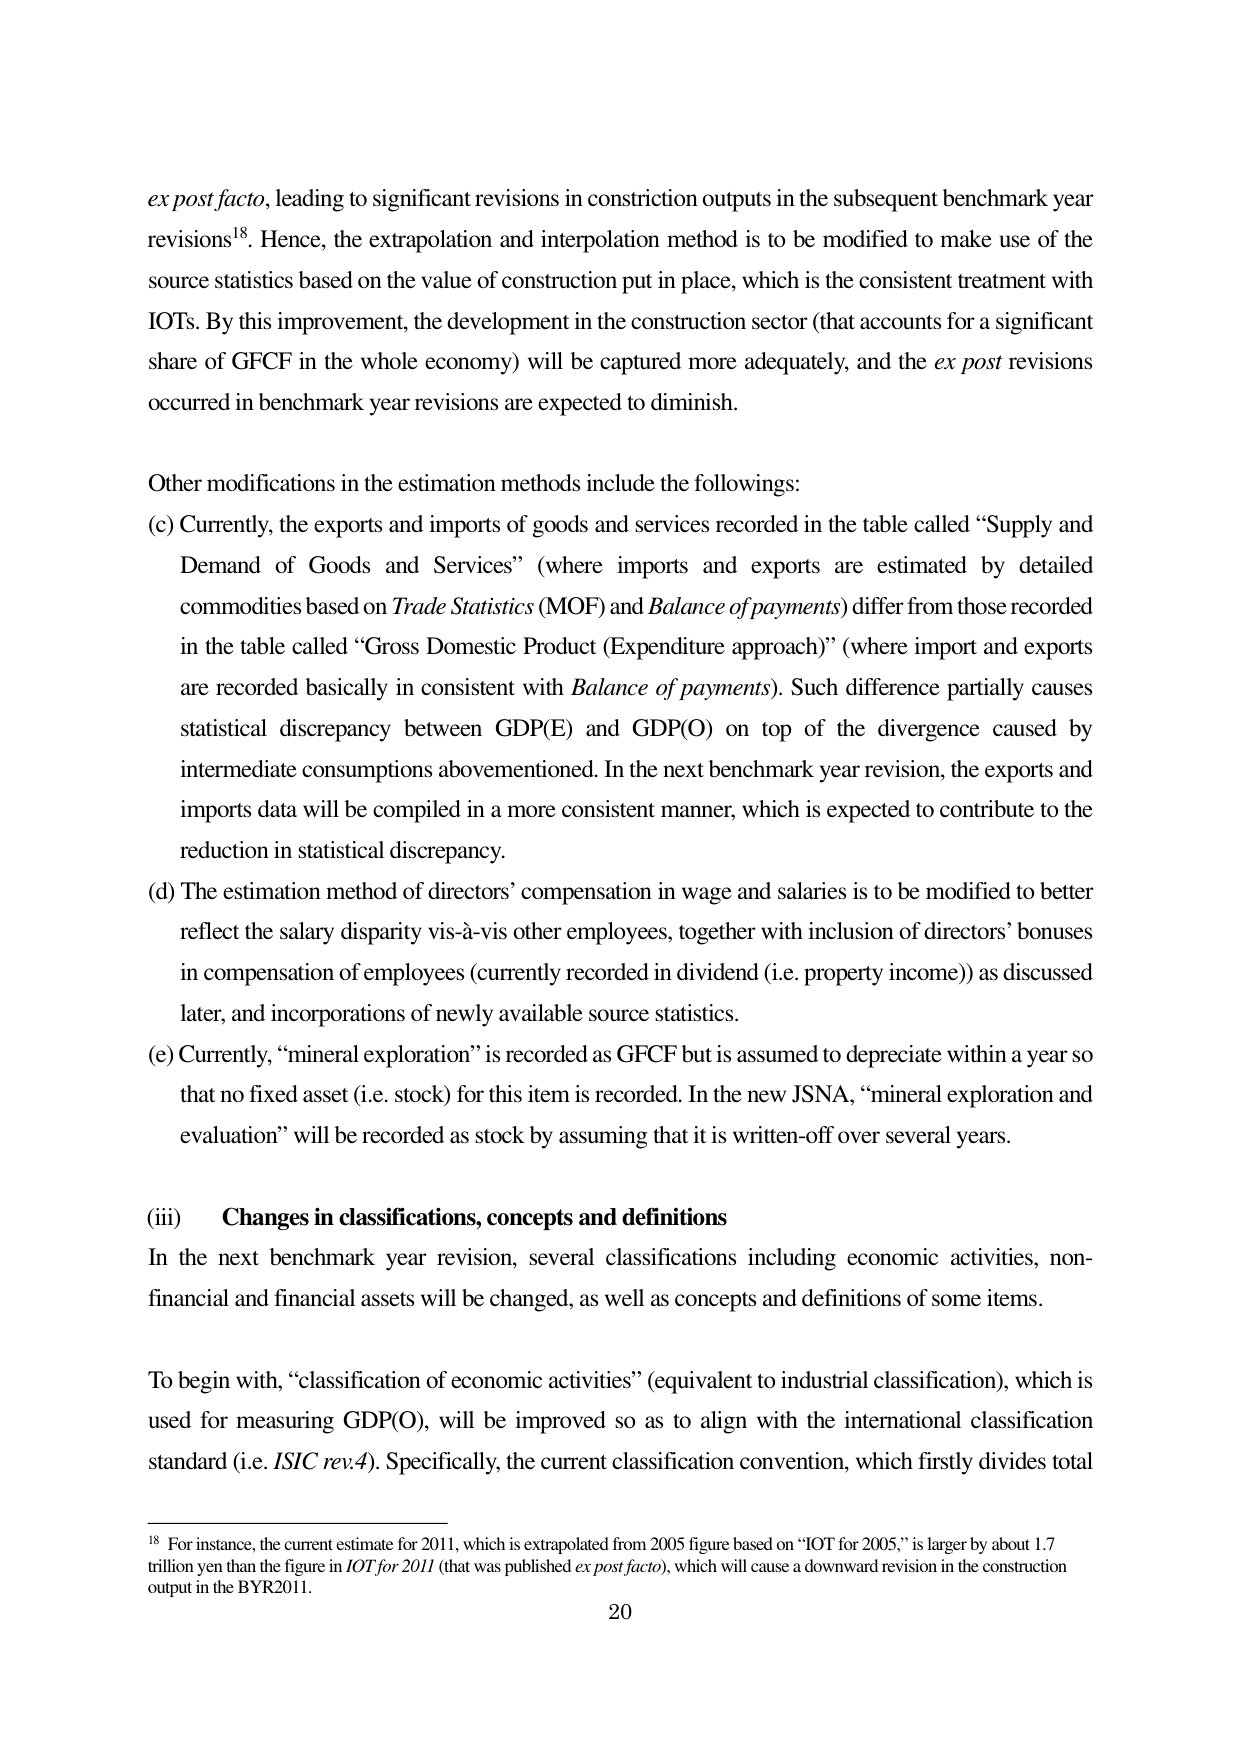
ex post facto, leading to significant revisions in construction outputs in the subsequent benchmark year revisions¹⁸. Hence, the extrapolation and interpolation method is to be modified to make use of the source statistics based on the value of construction put in place, which is the consistent treatment with IOTs. By this improvement, the development in the construction sector (that accounts for a significant share of GFCF in the whole economy) will be captured more adequately, and the ex post revisions occurred in benchmark year revisions are expected to diminish.

Other modifications in the estimation methods include the followings:
(c) Currently, the exports and imports of goods and services recorded in the table called “Supply and Demand of Goods and Services” (where imports and exports are estimated by detailed commodities based on Trade Statistics (MOF) and Balance of payments) differ from those recorded in the table called “Gross Domestic Product (Expenditure approach)” (where import and exports are recorded basically in consistent with Balance of payments). Such difference partially causes statistical discrepancy between GDP(E) and GDP(O) on top of the divergence caused by intermediate consumptions abovementioned. In the next benchmark year revision, the exports and imports data will be compiled in a more consistent manner, which is expected to contribute to the reduction in statistical discrepancy.
(d) The estimation method of directors’ compensation in wage and salaries is to be modified to better reflect the salary disparity vis-à-vis other employees, together with inclusion of directors’ bonuses in compensation of employees (currently recorded in dividend (i.e. property income)) as discussed later, and incorporations of newly available source statistics.
(e) Currently, “mineral exploration” is recorded as GFCF but is assumed to depreciate within a year so that no fixed asset (i.e. stock) for this item is recorded. In the new JSNA, “mineral exploration and evaluation” will be recorded as stock by assuming that it is written-off over several years.

(iii) Changes in classifications, concepts and definitions
In the next benchmark year revision, several classifications including economic activities, non-financial and financial assets will be changed, as well as concepts and definitions of some items.

To begin with, “classification of economic activities” (equivalent to industrial classification), which is used for measuring GDP(O), will be improved so as to align with the international classification standard (i.e. ISIC rev.4). Specifically, the current classification convention, which firstly divides total

¹⁸ For instance, the current estimate for 2011, which is extrapolated from 2005 figure based on “IOT for 2005,” is larger by about 1.7 trillion yen than the figure in IOT for 2011 (that was published ex post facto), which will cause a downward revision in the construction output in the BYR2011.

20